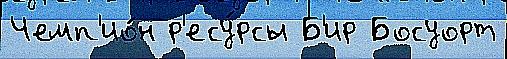
Чемп'ио́н р'есу́рсы Б'ир Босуорт